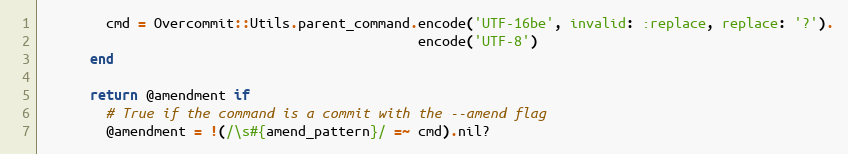
Language: Ruby
        cmd = Overcommit::Utils.parent_command.encode('UTF-16be', invalid: :replace, replace: '?').
                                               encode('UTF-8')
      end

      return @amendment if
        # True if the command is a commit with the --amend flag
        @amendment = !(/\s#{amend_pattern}/ =~ cmd).nil?